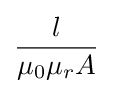
{\frac {l}{\mu _{0}\mu _{r}A}}